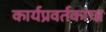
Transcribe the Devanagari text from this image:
कार्यप्रवर्तकांचा